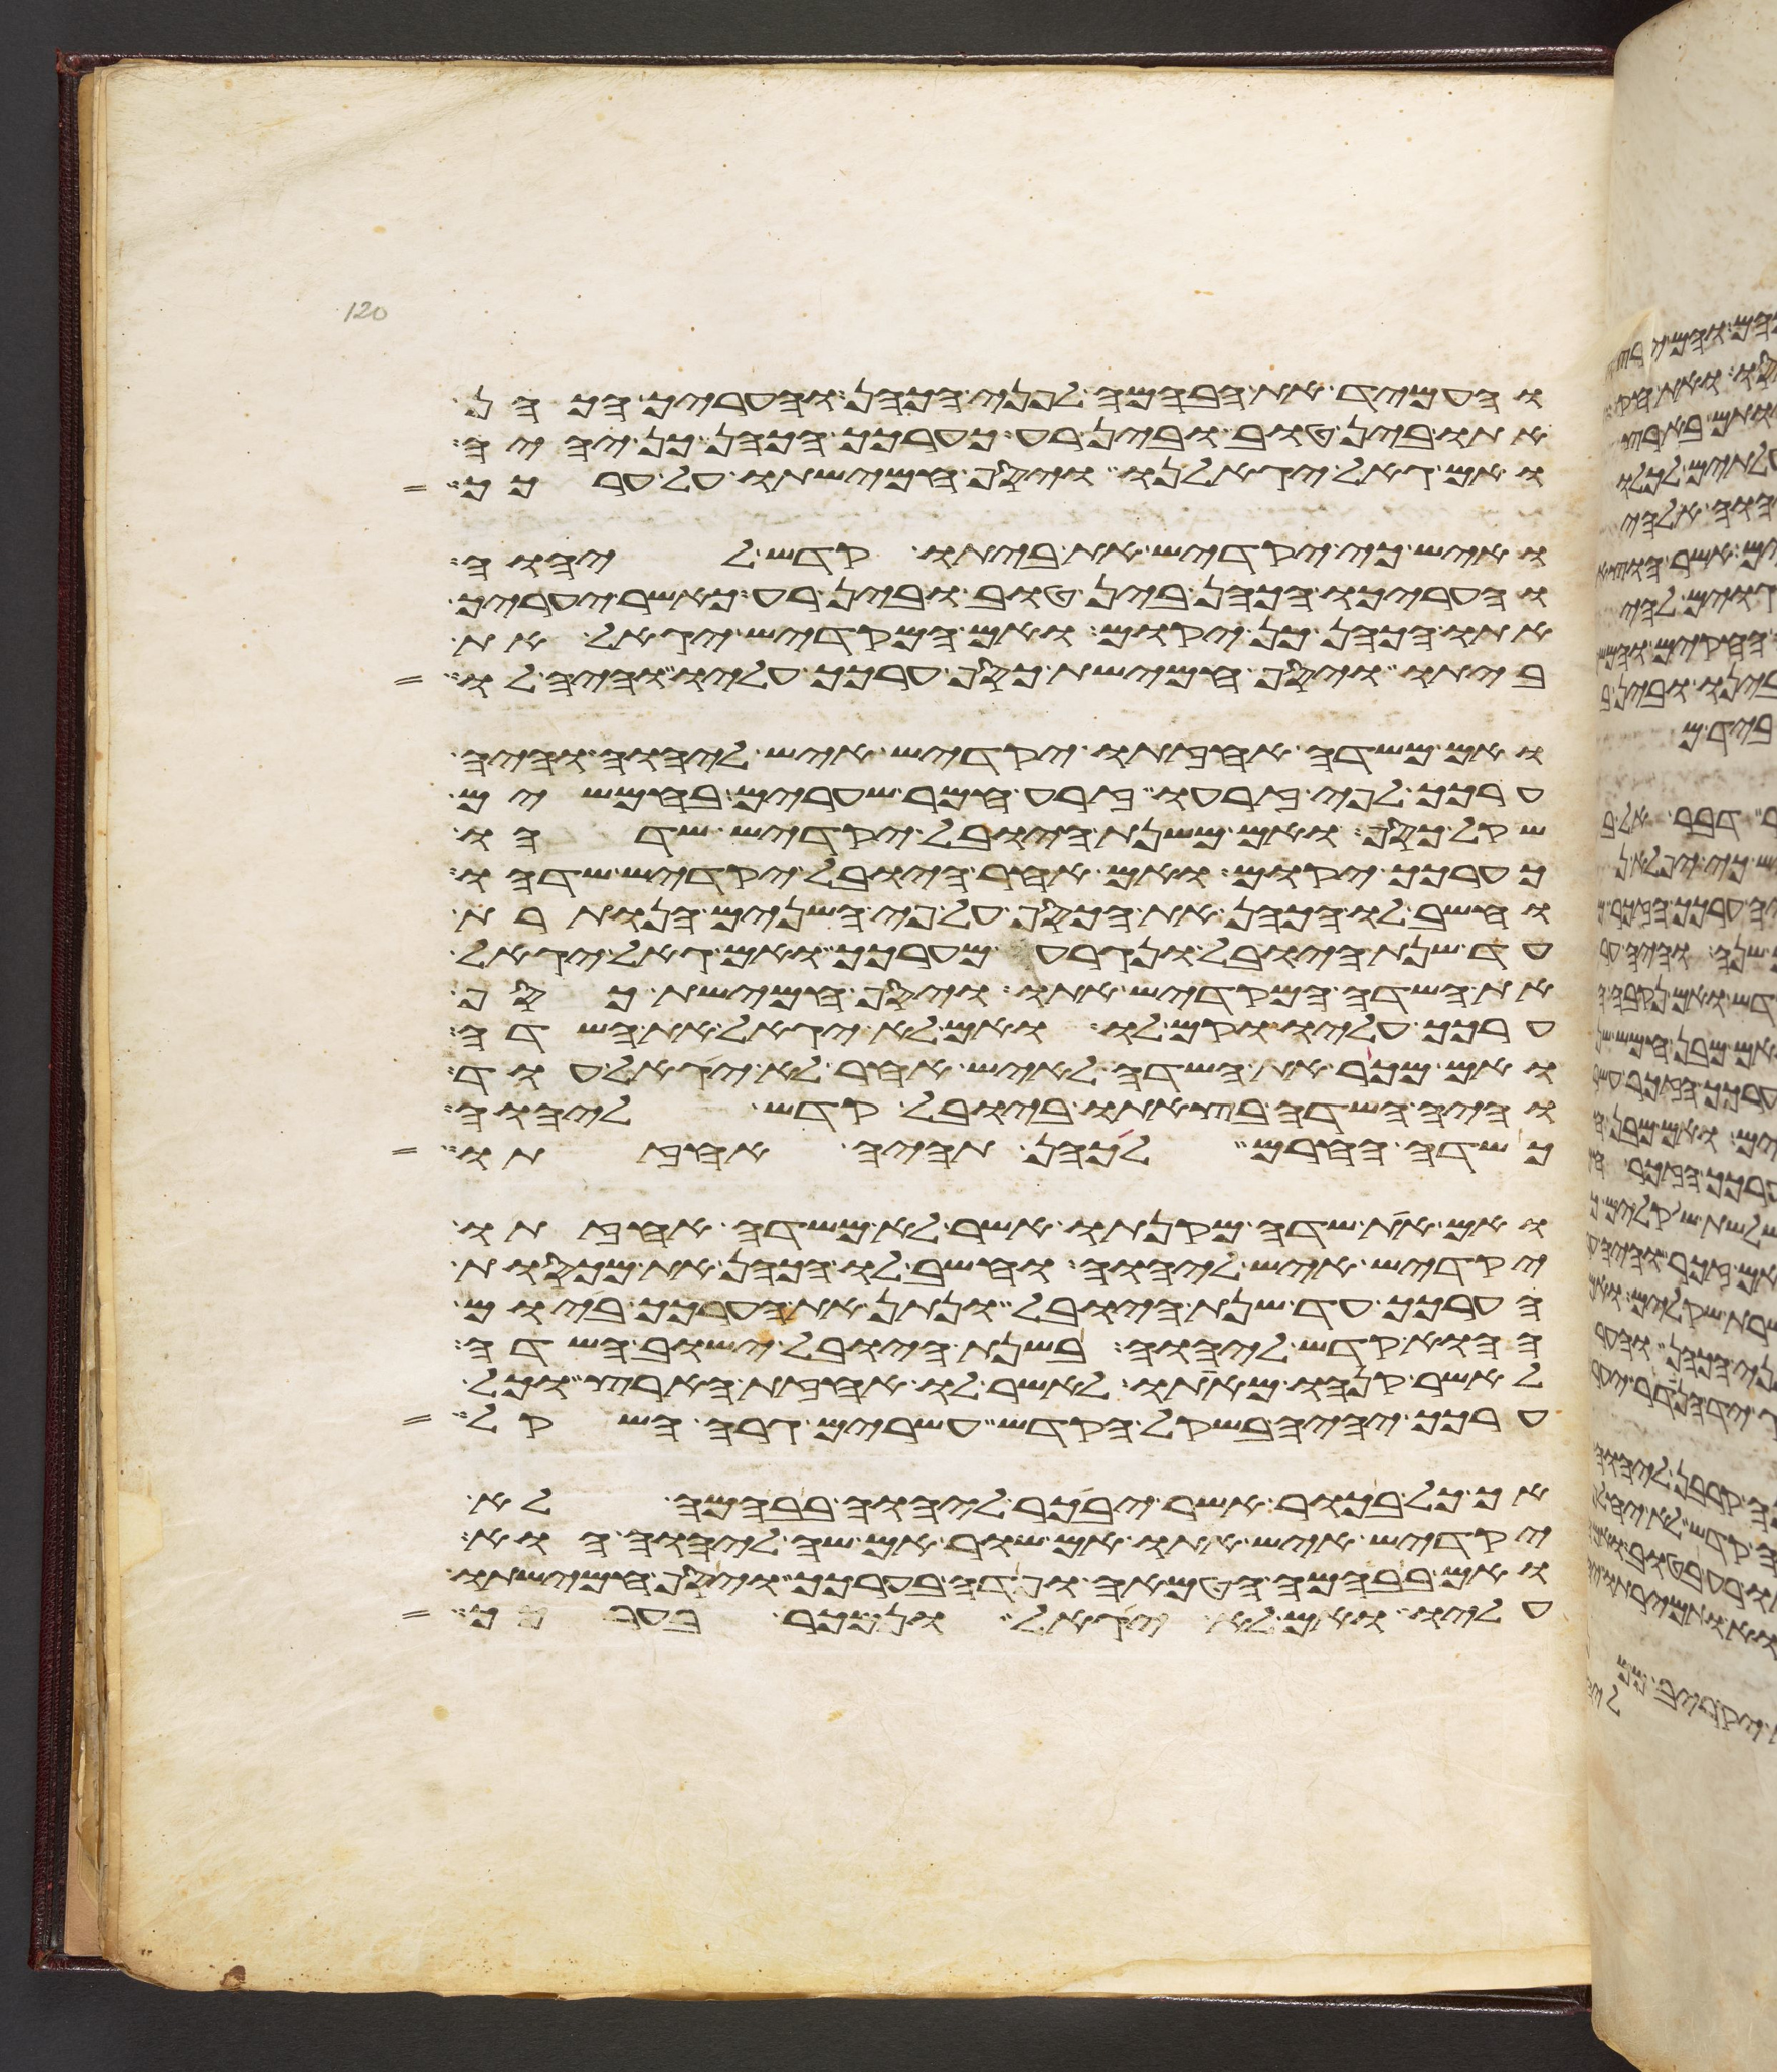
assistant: והעמיד את הבהמה לפני הכהן והעריך הכהן
אתו בין טוב ובין רע כערכך הכהן כן יהיה
ואם גאל יגאלנו ויסף חמישתו על ערכך
ואיש כי יקדיש את ביתו קדש ליהוה
והעריכו הכהן בין טוב ובין רע כאשר יעריך
אתו הכהן כן יקום ואם המקדיש יגאל את
ביתו ויסף חמישת כסף ערכך עליו והיה לו
ואם משדה אחזתו יקדיש איש ליהוה והיה
ערכך לפי זרעו זרע חמר שערים בחמשים
שקל כסף ואם משנת היובל יקדיש שדהו
כערכך יקום ואם אחר היובל יקדיש שדהו
וחשב לו הכהן את הכסף על פי השנים הנותרת
עד שנת היובל ונגרע מערכך ואם גאל יגאל
את השדה המקדיש אתו ויסף חמישת כסף
ערכך עליו וקם לו ואם לא יגאל את השדה
ואם מכר את השדה לאיש אחר לא יגאל עוד
והיה השדה בצאתו ביובל קדש ליהוה
כשדה החרם לכהן תהיה אחזתו
ואם את שדה מקנתו אשר לא משדה אחזתו
יקדיש איש ליהוה וחשב לו הכהן את מכסות
הערכך עד שנת היובל ונתן את הערכך ביום
ההוא קדש ליהוה בשנת היובל ישוב השדה
לאשר קנהו מאתו לאשר לו אחזת הארץ וכל
ערכך יהיה בשקל הקדש עשרים גרה השקל
אך כל בכור אשר יבכר ליהוה בבהמה לא
יקדיש איש אתו אם שור אם שה ליהוה הוא
ואם בבהמה הטמאה ופדה בערכך ויסף חמישתו
עליו ואם לא יגאל ונמכר בערכך